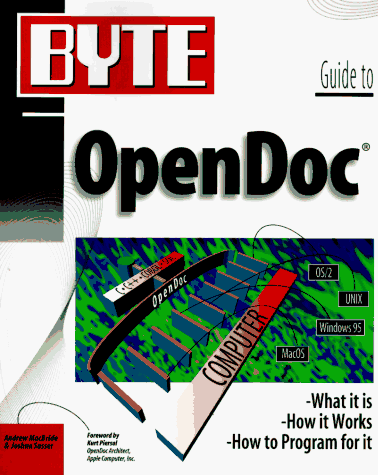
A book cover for Byte Guide to Opendoc (Byte Series); Andrew MacBride; Computers & Technology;